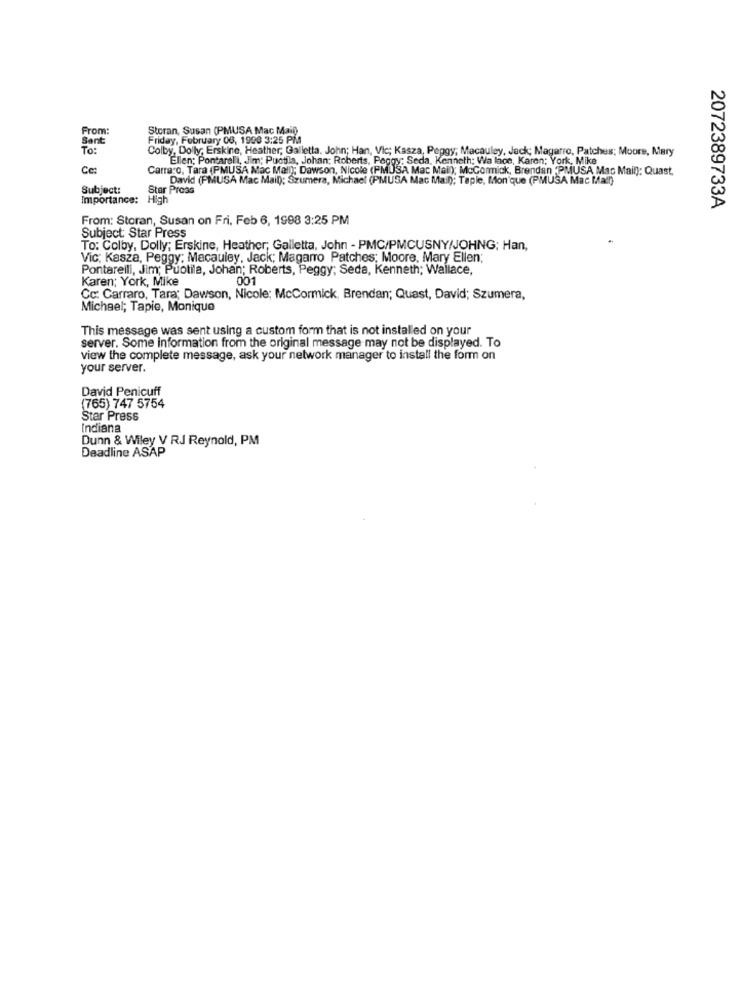
From:
Storan, Susan (PMUSA Mac Mail)
Sent:
Friday, February 06, 1998 3:25 PM
To:
Colby, Dolly; Erskine, Heather; Galletta, John; Han, Vic; Kasza, Peggy, Macauley, Jack; Magarro, Patches; Moore, Mary
Ellen: Pontarelli, Jim; Puotila, Johan: Roberts, Peggy: Seda, Kenneth; Wa lace,
Va lace, Karen; York, Mike
Cc:
Carraro, Tara (PMUSA Mac Mall); Dawson, Nicole (PMUSA Mac Mail); McCormick, Brendan 'PMUSA Mac Mail]: Quast,
David (PMUSA Mac Mail); Szumera, Michael (PMUSA Mac Mail); Taple, Mon'que (PMUSA Mac Mail)
Subject:
Star Proas
Importance: High
2072389733A
From: Storan, Susan on Fri, Feb 6, 1998 3:25 PM
Subject: Star Press
To: Colby, Dolly; Erskine, Heather; Galletta, John - PMC/PMCUSNY/JOHNG; Han,
Vic; Kasza, Peggy; Macauley, Jack; Magarro Patches; Moore, Mary Ellen;
Pontarelli, Jim; Puotila, Johan; Roberts, Peggy; Seda, Kenneth; Wallace,
Karen; York, Mike
001
Cc: Carraro, Tara; Dawson, Nicole; McCormick, Brendan; Quast, David; Szumera,
Michael; Tapie, Monique
This message was sent using a custom form that is not installed on your
server. Some information from the original message may not be displayed. To
view the complete message, ask your network manager to install the form on
your server.
David Penicuff
(765) 747 5754
Star Press
Indiana
Dunn & Wiley V RJ Reynold, PM
Deadline ASAP